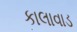
કાલાવાડ